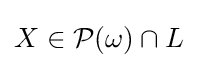
X\in {\mathcal {P}}(\omega )\cap L